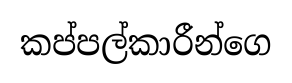
කප්පල්කාරීන්ගෙ